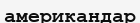
американдар